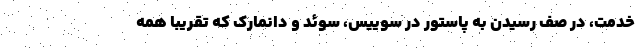
خدمت، در صف رسیدن به پاستور در سوییس، سوئد و دانمارک که تقریبا همه